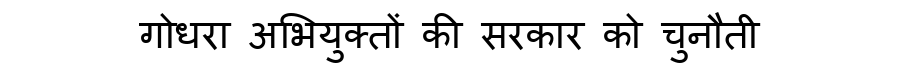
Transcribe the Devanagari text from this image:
गोधरा अभियुक्तों की सरकार को चुनौती